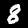
Label: 8